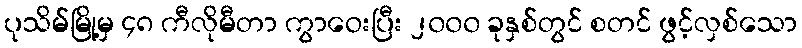
ပုသိမ်မြို့မှ ၄၈ ကီလိုမီတာ ကွာဝေးပြီး ၂၀၀၀ ခုနှစ်တွင် စတင် ဖွင့်လှစ်သော